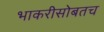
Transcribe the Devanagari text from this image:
भाकरीसोबतच